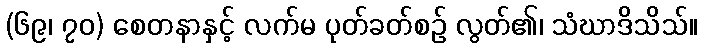
(၆၉၊ ၇၀) စေတနာနှင့် လက်မ ပုတ်ခတ်စဉ် လွတ်၏၊ သံဃာဒိသိသ်။